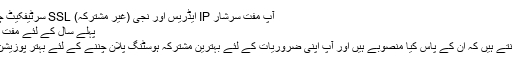
آپ مفت سرشار IP ایڈریس اور نجی (غیر مشترکہ) SSL سرٹیفکیٹ چاہتے ہیں
پہلے سال کے لئے مفت ڈومین نام
اب آپ جانتے ہیں کہ ان کے پاس کیا منصوبے ہیں اور آپ اپنی ضروریات کے لئے بہترین مشترکہ ہوسٹنگ پلان چننے کے لئے بہتر پوزیشن میں ہیں۔